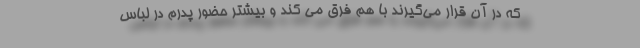
که در آن قرار می‌گیرند با هم فرق می کند و بیشتر حضور پدرم در لباس